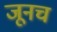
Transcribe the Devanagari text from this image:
जूनच